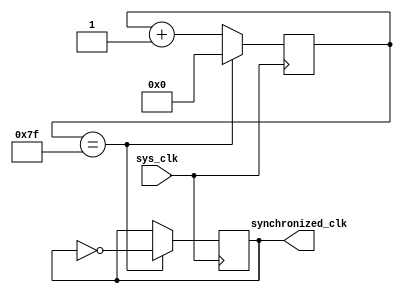
module timing_control(
    input wire sys_clk,
    output wire synchronized_clk
);

reg [7:0] count;

always @(posedge sys_clk) begin
    count <= count + 1;
    
    if(count == 7'd127) begin
        synchronized_clk <= ~synchronized_clk;
        count <= 8'd0;
    end
end

endmodule